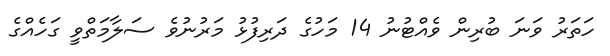
ހަތަރު ވަނަ ބުރިން ވެއްޓުނު 14 މަހުގެ ދަރިފުޅު މަރުނުވެ ސަލާމަތްވީ ގަހެއްގެ